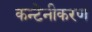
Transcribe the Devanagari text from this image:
कन्टेनीकरण